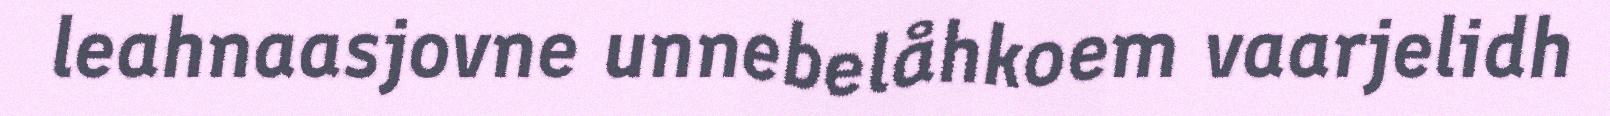
leahnaasjovne unnebelåhkoem vaarjelidh